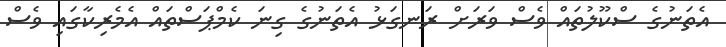
އެތަނުގެ ސްކޫލުތައް ވެސް ވަރަށް ރަނގަޅު އެތަނުގެ ގިނަ ކެމްޕަސްތައް އެމެރިކާގައި ވެސް